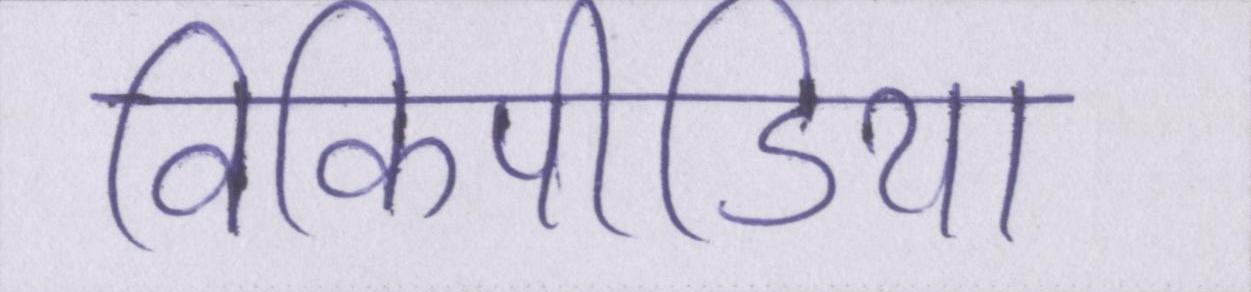
विकिपीडिया